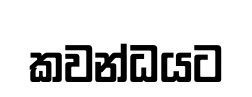
කවන්ධයට